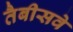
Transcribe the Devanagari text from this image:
तैबीसवे